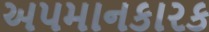
અપમાનકારક